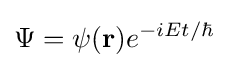
\Psi =\psi (\mathbf {r} )e^{-iEt/\hbar }